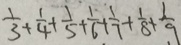
\frac { 1 } { 3 } + \frac { 1 } { 4 } + \frac { 1 } { 5 } + \frac { 1 } { 6 } + \frac { 1 } { 7 } + \frac { 1 } { 8 } + \frac { 1 } { 9 }